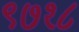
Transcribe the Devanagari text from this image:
९७१८